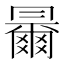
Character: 𠕰